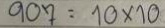
907 = 10 x 10